Lunatic asylums United Prov. 1922-30 - 1922-1930
Year: 1922
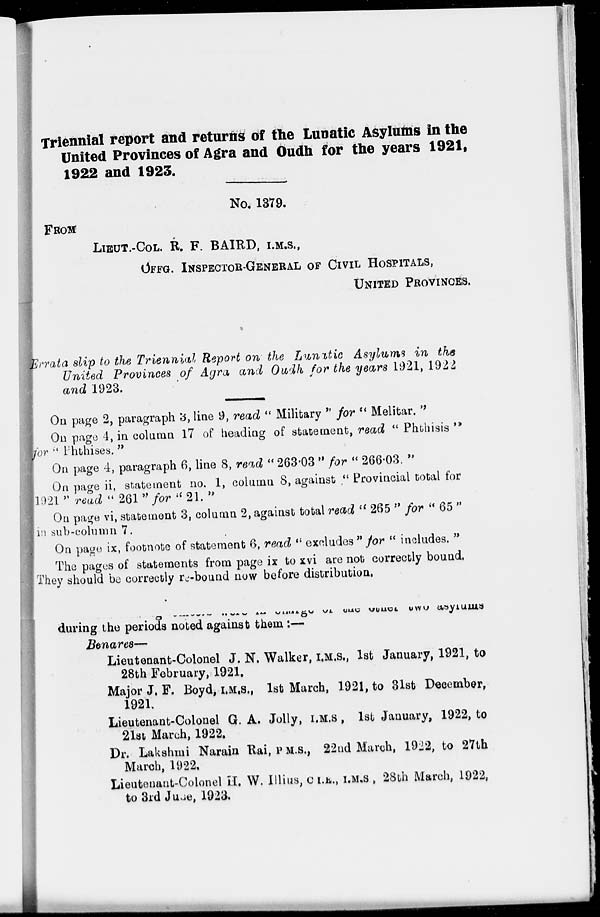
Triennial report and returfis of the Lunatic Asylums in the
United Provinces of Agra and Oudh for the years 1921,
1922 and 1923.
No, 1379.
FROM
LIBUT.-COL. R. F. BAIRD, I.M.S.,
OFFG. INSPECTOH-GENERAL OF CIVIL HOSPITALS,
UNITED PROVINCES.
"rrata slip to the THennvil Report on the Lunttic Asylums in the
United Provinces of Agra and Oudh for the years 1921, 1924
and 1923.
On page 2, paragraph «5, line 9, read " Military " for u Melitar. ''
On page 4, in column 17 of heading of statement, read " Phthisis "
or u Phthises. n
On page 4, paragraph 6, line 8, read " 263-03 " for " 266-03. "
On page ii, statement no. 1, column 8, against " Provincial total for
1921" read •« 261 w for "21. »•
On page vi, statement 3, column 2, against total read i( 265 M for " 65 "
in sub-column 7.
On page ix, footnote of statement f>, read " excludes " for M includes. "
I'he pages of statements from page ix to xvi are not correctly bound,
They should be correctly rj-bouud now before distribution,
during the periods noted against them :—
Btnares—
Lieutenant-Colonel J. N. Walker, I.M.S., 1st January, 1921, to
28th February, 1921.
Major J. F. Boyd, I.M.S., 1st March, 1921, to 31st December,
1921,
Lieutenant-Colonel G. A. Jolly, I.M.S , 1st January, 1922, to
21st March, 1922.
Dr. Lakshmi Narain Rai, P M.S., 22ud March, 1922, to 27th
March, 1922,
Lieutenaut-Colonel It. W. Illius, G K.&., I.M.S , 28th March, 1922,
to 3rd Juae, 1923.